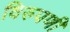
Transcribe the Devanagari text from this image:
विरुपणी